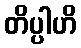
တိပ္ပါဟိ